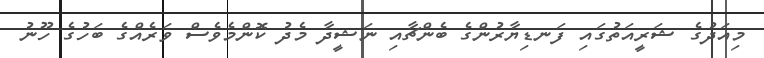
މިއަދުގެ ޝަރީއަތުގައި ފަނޑިޔާރުންގެ ބެންޗާއި ނަޝީދާ މެދު ކޮންމެވެސް ވަރެއްގެ ބަހުގެ ހޫނު